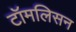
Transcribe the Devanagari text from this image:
टॉमलिसन